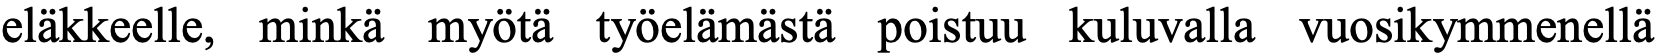
eläkkeelle, minkä myötä työelämästä poistuu kuluvalla vuosikymmenellä